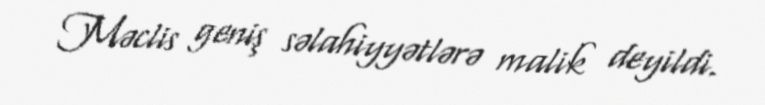
Məclis geniş səlahiyyətlərə malik deyildi.